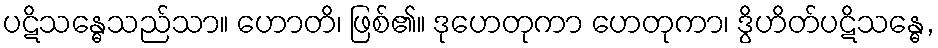
ပဋိသန္ဓေသည်သာ။ ဟောတိ၊ ဖြစ်၏။ ဒုဟေတုကာ ဟေတုကာ၊ ဒွိဟိတ်ပဋိသန္ဓေ,